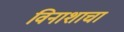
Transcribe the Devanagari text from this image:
विनाशाचा